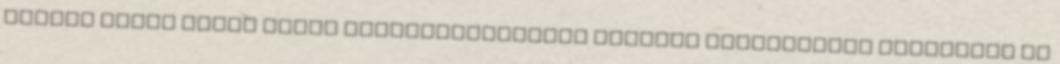
követő hetek során János hitszónoklatának jellege fokozatosan átalakult az